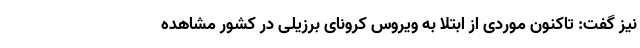
نیز گفت: تاکنون موردی از ابتلا به ویروس کرونای برزیلی در کشور مشاهده